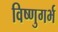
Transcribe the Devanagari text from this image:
विष्णुगर्भ